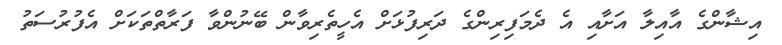
އިޝާންގެ އާއިލާ އަށާއި އެ ދެމަފިރިންގެ ދަރިފުޅަށް އެހީތެރިވާން ބޭނުންވާ ފަރާތްތަކަށް އެފުރުސަތު